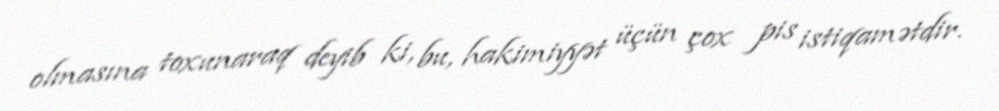
olmasına toxunaraq deyib ki, bu, hakimiyyət üçün çox pis istiqamətdir.